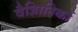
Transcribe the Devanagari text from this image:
वैज्ञिानिकों